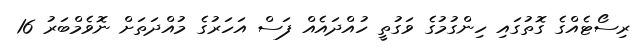
ރިސޯޓެއްގެ ގޮތުގައި ހިންގުމުގެ ވަގުތީ ހުއްދައެއް ފަސް އަހަރުގެ މުއްދަތަށް ނޮވެމްބަރު 16